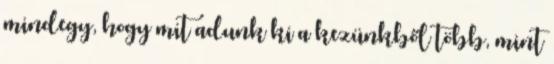
mindegy, hogy mit adunk ki a kezünkből több, mint